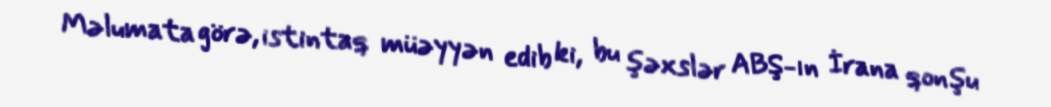
Məlumata görə, istintaq müəyyən edib ki, bu şəxslər ABŞ-ın İrana qonşu